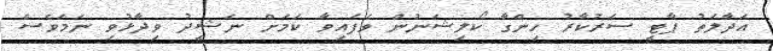
އަދާލަތު ޕާޓީ ސަރުކާރު ހިންގާ ކޯލިޝަނުން ވެފައިވާ ކަމަށް ނަޝީދު ވިދާޅުވި ނަަމަވެސް